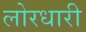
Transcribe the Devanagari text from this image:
लोरधारी